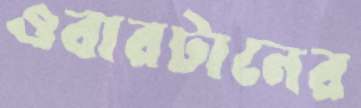
ওবারটানের